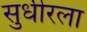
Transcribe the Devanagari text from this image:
सुधीरला